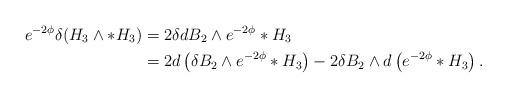
LaTeX: \begin{align*}e^{-2\phi}\delta(H_3\wedge *H_3)&=2 \delta dB_2\wedge e^{-2\phi}*H_3\\&=2d\left(\delta B_2\wedge e^{-2\phi}*H_3\right)-2\delta B_2\wedge d\left(e^{-2\phi}*H_3\right).\end{align*}